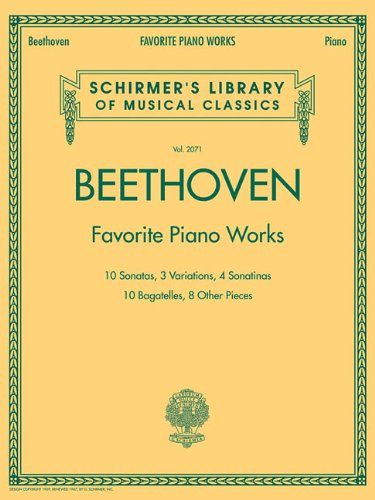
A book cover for Beethoven: Favorite Piano Works - Schirmer'S Library Of Musical Classics Lb2071; Humor & Entertainment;